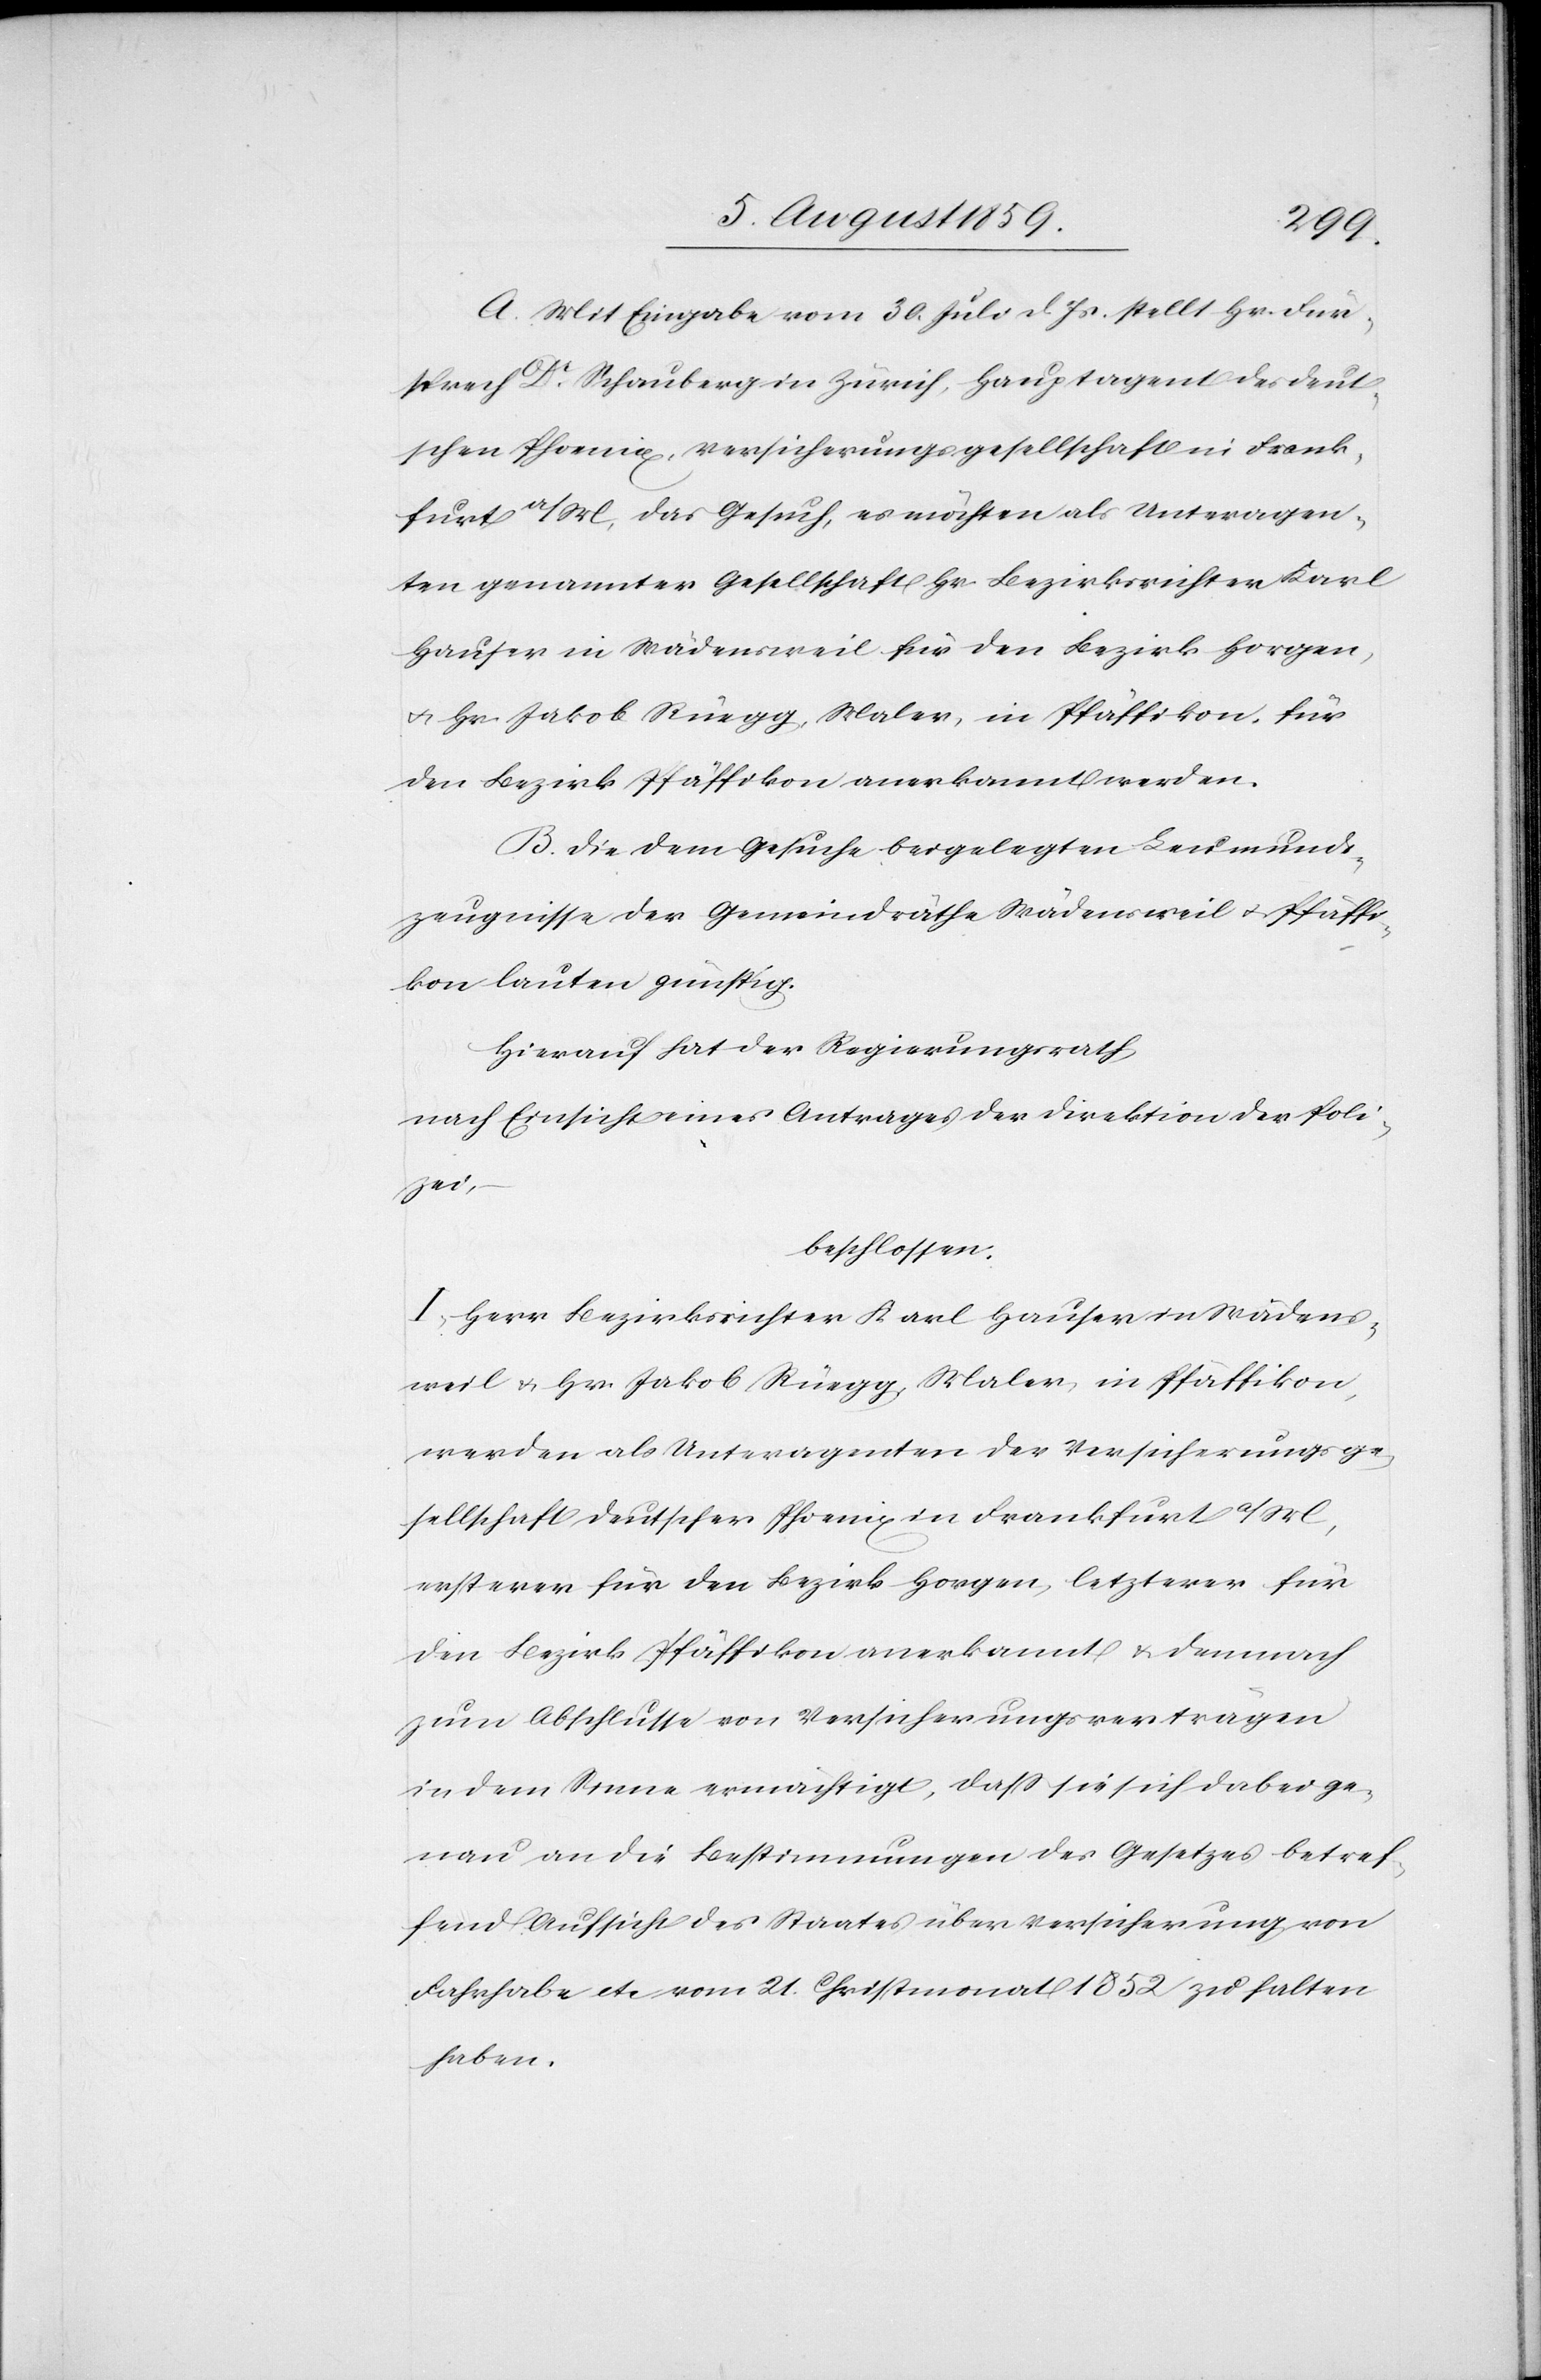
A. Mit Eingabe vom 30. Juli d. Js. stellt Hr. Für¬
sprech Dr. Schauberg in Zürich, Hauptagent der deut¬
schen Phoenix, Versicherungsgesellschaft in Frank¬
furt a/M. das Gesuch, es möchten als Unteragen¬
ten genannter Gesellschaft Hr. Bezirksrichter Karl
Hauser in Wädensweil für den Bezirk Horgen,
u. Hr. Jakob Rüegg, Maler, in Pfäffikon, für
den Bezirk Pfäffikon anerkannt werden.
B. Die dem Gesuche beigelegten Leumunds¬
zeugnisse der Gemeindräthe Wädensweil u. Pfäffi¬
kon lauten günstig.
Hierauf hat der Regierungsrath
nach Einsicht eines Antrages der Direktion der Poli¬
zei,
beschlossen:
I. Herr Bezirksrichter Karl Hauser in Wädens¬
weil u. Hr. Jakob Rüegg Maler, in Pfäffikon,
werden als Unteragenten der Versicherungsge¬
sellschaft Deutscher Phoenix in Frankfurt a/M,
ersterer für den Bezirk Horgen, letzterer für
den Bezirk Pfäffikon anerkannt u. demnach
zum Abschlusse von Versicherungsverträgen
in dem Sinne ermächtigt, daß sie sich dabei ge¬
nau an die Bestimmungen des Gesetzes betref¬
fend Aufsicht des Staates über Versicherung von
Fahrhabe etc. vom 21. Christmonat 1852 zu halten
haben.